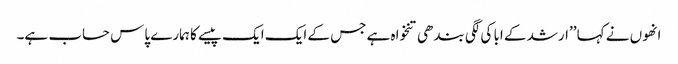
انھوں نے کہا ’’ارشد کے ابا کی لگی بندھی تنخواہ ہے جس کے ایک ایک پیسے کا ہمارے پاس حساب ہے۔